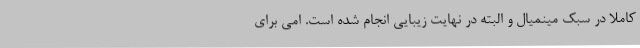
کاملا در سبک مینمیال و البته در نهایت زیبایی انجام شده است. امی برای